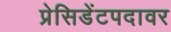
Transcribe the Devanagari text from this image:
प्रेसिडेंटपदावर